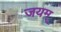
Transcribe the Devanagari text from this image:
जयम्